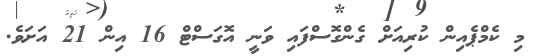
މި ކެމްޕެއިން ކުރިއަށް ގެންގޮސްފައި ވަނީ އޮގަސްޓް 16 އިން 21 އަށަވެ.